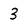
Character: 3